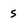
Character: S